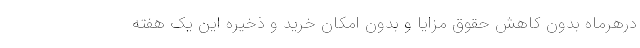
درهرماه بدون کاهش حقوق مزایا و بدون امکان خرید و ذخیره این یک هفته